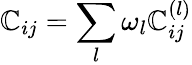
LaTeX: \mathbb{C}_{ij}=\sum_{l}\omega_{l}\mathbb{C}_{ij}^{(l)}